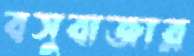
বসুবাজার